Notes on vaccination in the North-West Frontier Province 1923-1928 - 1923-1928
Year: 1923
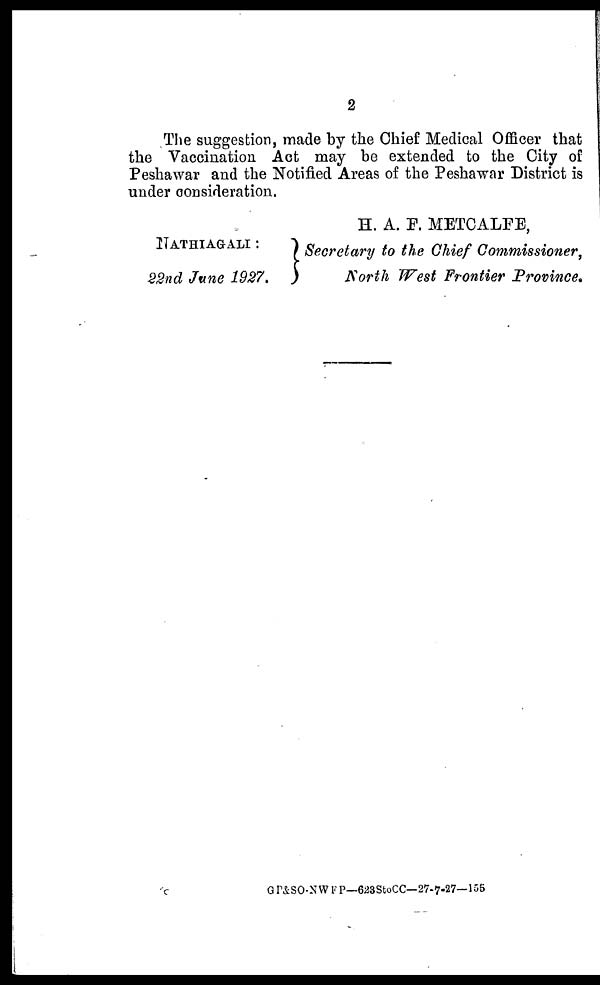
2
The suggestion, made by the Chief Medical Officer that
the Vaccination Act may be extended to the City of
Peshawar and the Notified Areas of the Peshawar District is
under consideration.
NATHIAGALI :
22nd June 1927.
H. A. P. METCALFE,
Secretary to the Chief Commissioner,
North West Frontier Province.
GP&SO-NWFP—623StoCC—27-7-27—155